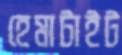
হেমাটাইট